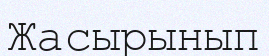
Жасырынып